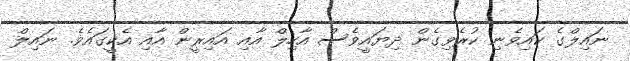
ނައިލްގެ ކައިވެނި ކުރެވިގެން ދިޔައީވެސް އާހިލް އާއި އައިރީން އާއި އެކީގައެވެ. ނައިލް